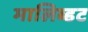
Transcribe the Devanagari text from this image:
मालिब्डट